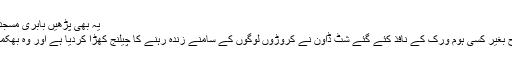
یہ بھی پڑھیں بابری مسجد معاملہ اور اسلامی کردار کا تقاضہ
حقیقت یہ ہے کہ نوٹ بندی کی طرح بغیر کسی ہوم ورک کے نافذ کئے گئے شٹ ڈاؤن نے کروڑوں لوگوں کے سامنے زندہ رہنے کا چیلنج کھڑا کردیا ہے اور وہ بھکمری کی سرحدوں تک پہنچ رہے ہیں۔